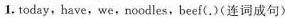
1.today,have,we,noodles,beef(.)(连词成句)